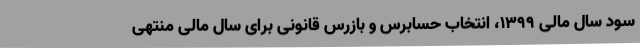
سود سال مالی 1399، انتخاب حسابرس و بازرس قانونی برای سال مالی منتهی